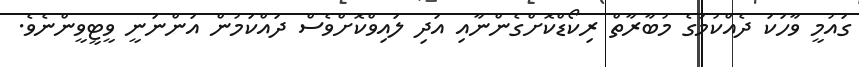
ގައުމީ ވާހަކަ ދެއްކުމުގެ މުބާރާތް ރިކޯޑްކޮށްގެންނާއި އަދި ލައިވްކޮށްވެސް ދައްކަމުން އަންނަނީ ވީޓީވީންނެވެ.